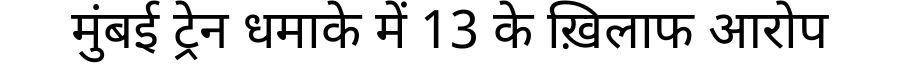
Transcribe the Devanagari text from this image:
मुंबई ट्रेन धमाके में 13 के ख़िलाफ आरोप